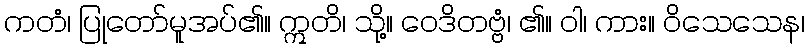
ကတံ၊ ပြုတော်မူအပ်၏။ ဣတိ၊ သို့။ ဝေဒိတဗ္ဗံ၊ ၏။ ဝါ၊ ကား။ ဝိသေသေန၊